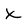
Character: X